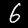
Label: 6